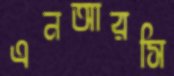
এনআরসি